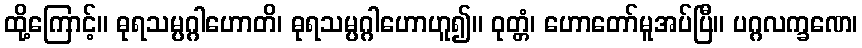
ထို့ကြောင့်။ ဓုရသမ္ပဂ္ဂါဟောတိ၊ ဓုရသမ္ပဂ္ဂါဟောဟူ၍။ ဝုတ္တံ၊ ဟောတော်မူအပ်ပြီ။ ပဂ္ဂလက္ခဏေ၊